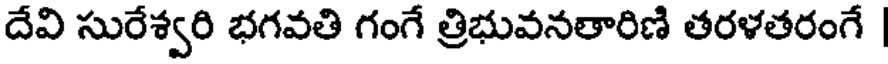
దేవి సురేశ్వరి భగవతి గంగే త్రిభువనతారిణి తరళతరంగే